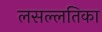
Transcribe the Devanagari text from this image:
लसल्लतिका